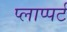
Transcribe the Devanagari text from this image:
प्लाप्पर्ट